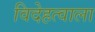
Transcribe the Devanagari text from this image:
विदेहत्वाला